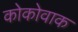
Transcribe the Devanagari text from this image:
कोकोवाक